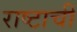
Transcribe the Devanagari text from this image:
राष्टाची